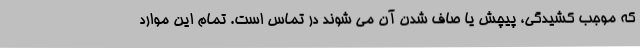
که موجب کشیدگی، پیچش یا صاف شدن آن می شوند در تماس است. تمام این موارد